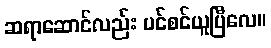
ဆရာဆောင်လည်း ပင်စင်ယူပြီလေ။